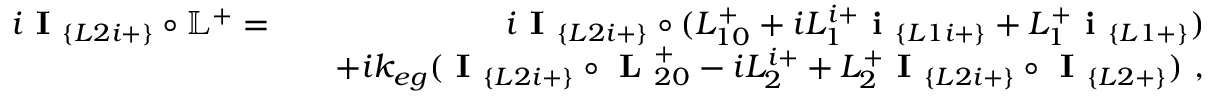
\begin{array} { r l r } { i \textbf { I } _ { \{ L 2 i + \} } \circ \mathbb { L } ^ { + } = } & { } & { i \textbf { I } _ { \{ L 2 i + \} } \circ ( L _ { 1 0 } ^ { + } + i L _ { 1 } ^ { i + } \textbf { i } _ { \{ L 1 i + \} } + L _ { 1 } ^ { + } \textbf { i } _ { \{ L 1 + \} } ) } \\ & { } & { + i k _ { e g } ( \textbf { I } _ { \{ L 2 i + \} } \circ \textbf { L } _ { 2 0 } ^ { + } - i L _ { 2 } ^ { i + } + L _ { 2 } ^ { + } \textbf { I } _ { \{ L 2 i + \} } \circ \textbf { I } _ { \{ L 2 + \} } ) ~ , } \end{array}